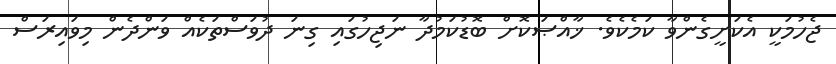
ޖެހުމަކީ އެކަށީގެންވާ ކަމެކެވެ. ޚާއްޞަކޮށް ބޮޑުކަމުދާ ނަޖިހުގައި ގިނަ ދުވަސްތަކެއް ވަންދެން މިވައިރަސް